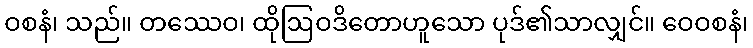
ဝစနံ၊ သည်။ တဿေဝ၊ ထိုဩဝဒိတောဟူသော ပုဒ်၏သာလျှင်။ ဝေဝစနံ၊